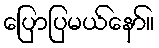
ပြောပြမယ်နော်။